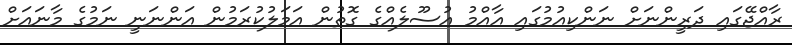
ރާއްޖޭގައި ދަރީންނަށް ނަންކިއުމުގައި އާއްމު އުސޫލެއްގެ ގޮތުން އަމަލުކުރަމުން އަންނަނީ ނަމުގެ މާނައަށް